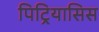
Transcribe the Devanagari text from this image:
पिट्रियासिस